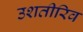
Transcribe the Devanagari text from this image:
उशतीरिव